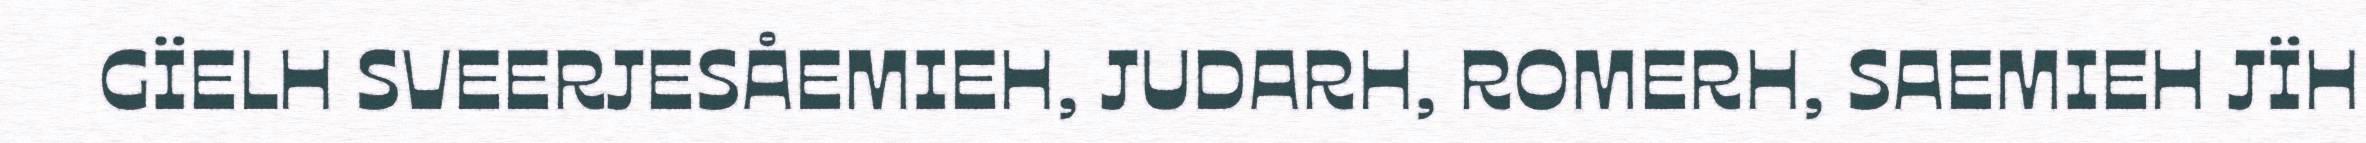
GÏELH SVEERJESÅEMIEH, JUDARH, ROMERH, SAEMIEH JÏH